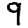
Digit: 9